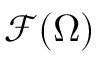
{ \mathcal { F } } ( \Omega )